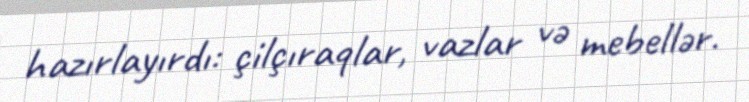
hazırlayırdı: çilçıraqlar, vazlar və mebellər.